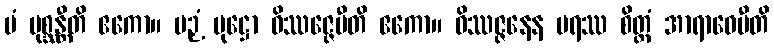
မံ ပုစ္ဆန္တီတိ ဧကော။ ပဉှံ ပုဋ္ဌော ဝိဿဇ္ဇေမီတိ ဧကော။ ဝိဿဇ္ဇနေန ပရဿ စိတ္တံ အာရာဓေမီတိ